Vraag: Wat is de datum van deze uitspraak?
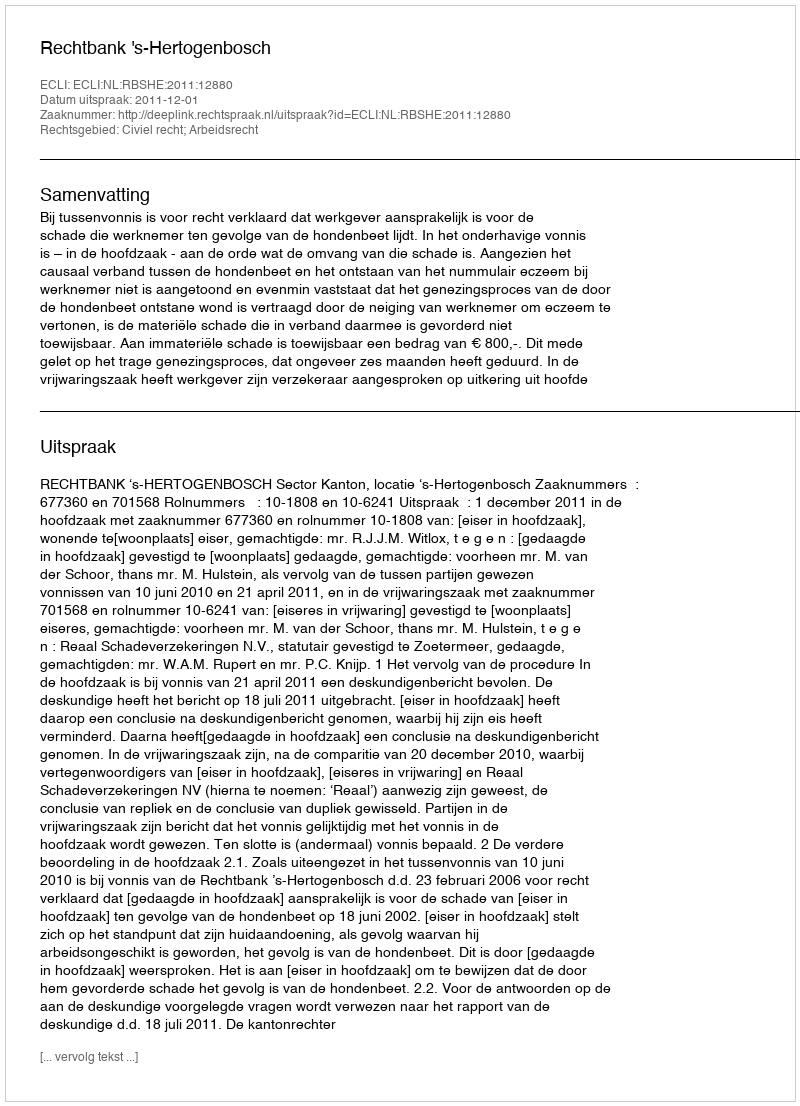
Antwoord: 2011-12-01